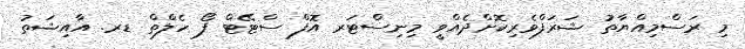
މި ރަސްމިއްޔާތު ޝަރަފްވެރިކޮށްދެއްވީ މިނިސްޓަރ އޮފް ސްޓޭޓް ފޯ ހެލްތް ޑރ. އާއިޝަތު